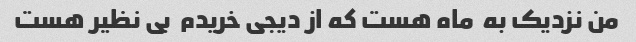
من نزدیک به  ماه هست که از دیجی خریدم  بی نظیر هست